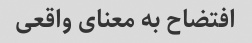
افتضاح به معنای واقعی